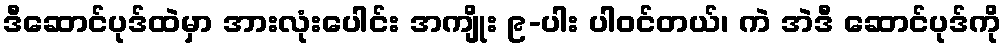
ဒီဆောင်ပုဒ်ထဲမှာ အားလုံးပေါင်း အကျိုး ၉-ပါး ပါဝင်တယ်၊ ကဲ အဲဒီ ဆောင်ပုဒ်ကို